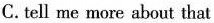
C.tell me more about that